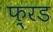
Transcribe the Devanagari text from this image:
फ़्रड